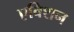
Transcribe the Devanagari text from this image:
एविशन